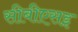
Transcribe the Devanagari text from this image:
सीबीएसइ